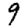
Digit: 9